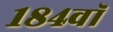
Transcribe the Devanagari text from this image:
१८४वॉ